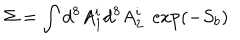
LaTeX: \Sigma = \int d ^ { 8 } A _ { 1 } ^ { i } d ^ { 8 } A _ { 2 } ^ { i } \; \exp ( - S _ { b } )